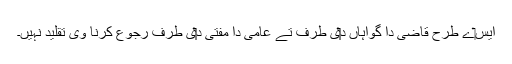
ايس‏ے طرح قاضی دا گواہاں د‏‏ی طرف تے عامی دا مفتی د‏‏ی طرف رجوع کرنا وی تقلید نہيں۔